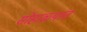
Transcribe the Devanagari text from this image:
सोहाळ्यात